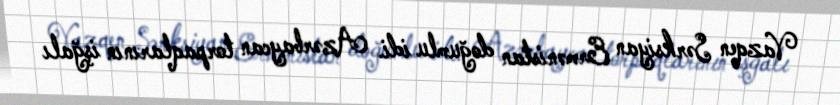
Vazqen Sərksiyan Ermənistan doğumlu idi. Azərbaycan torpaqlarının işğalı